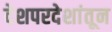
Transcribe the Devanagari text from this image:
देशपरदेशांतून